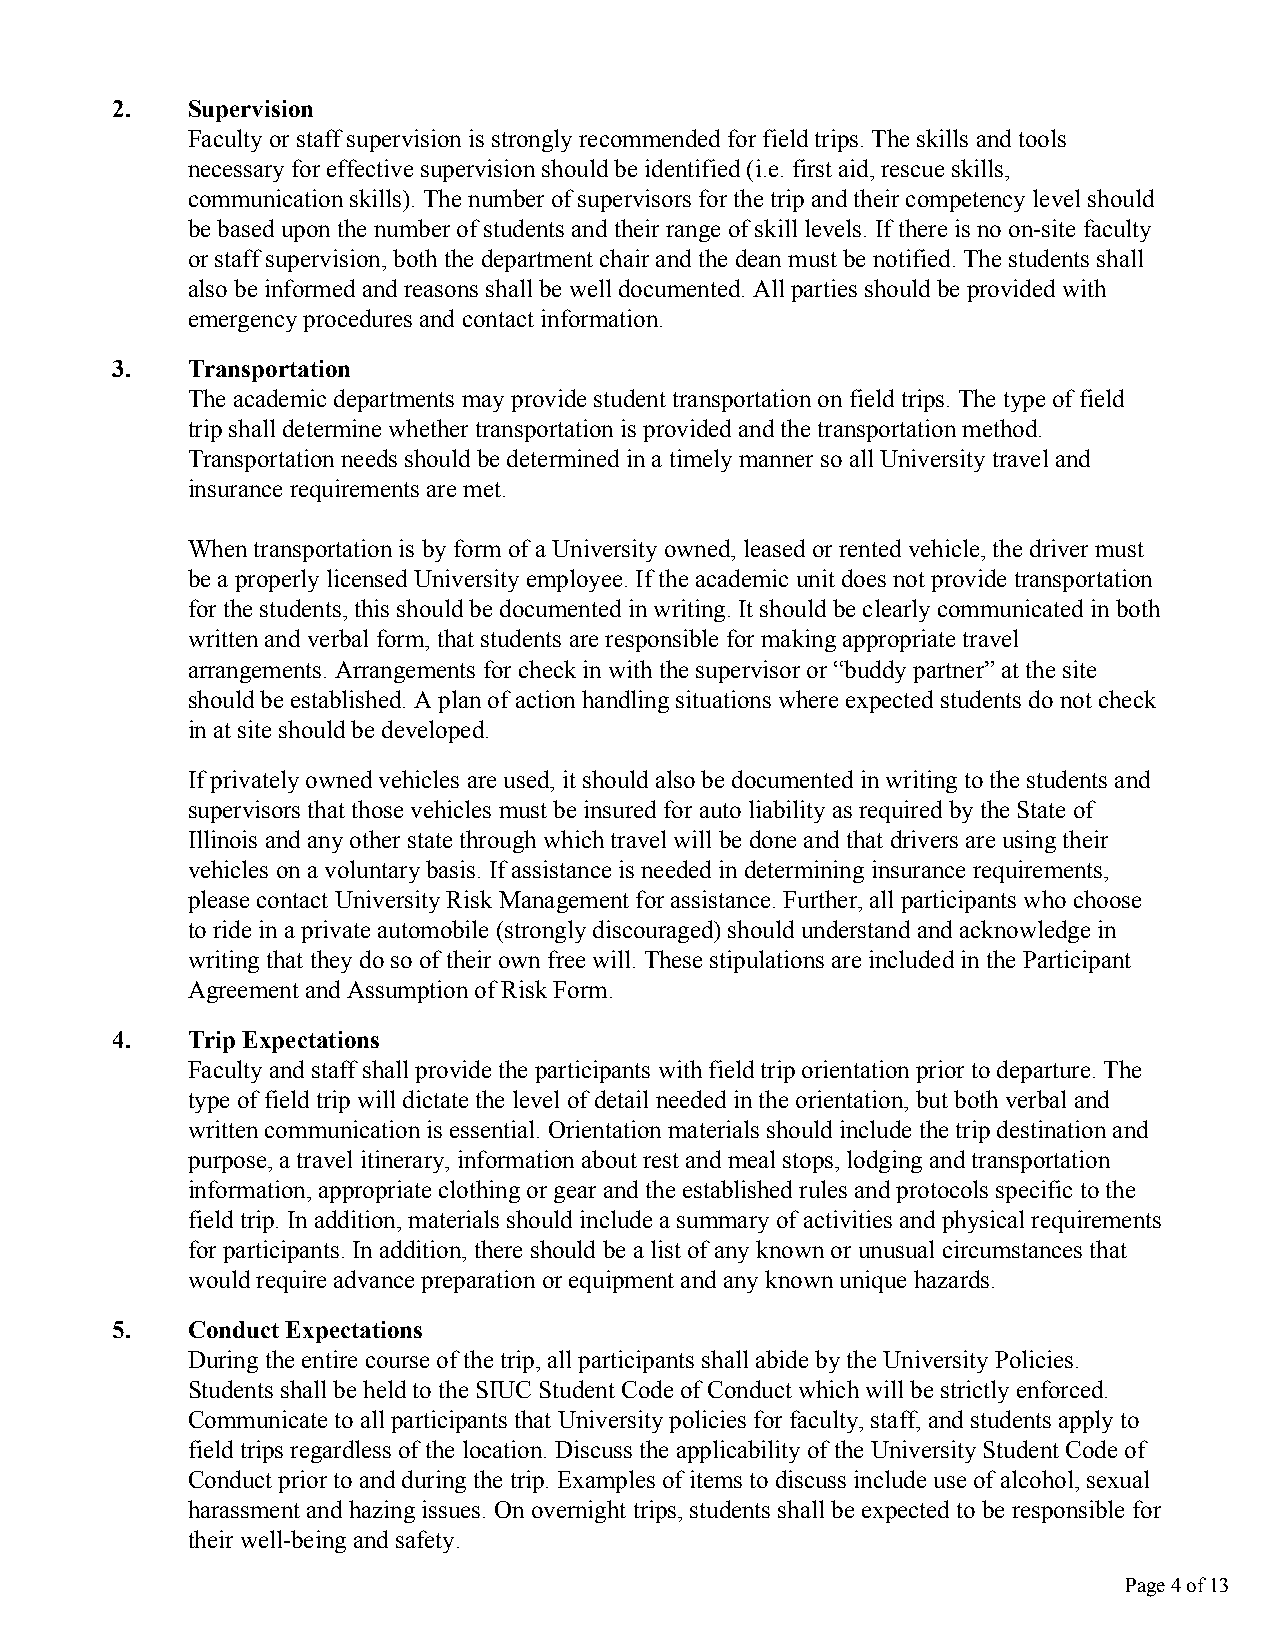
2.   Supervision
 Faculty or staff supervision is strongly recommended for field trips. The skills and tools
 necessary for effective supervision should be identified (i.e. first aid, rescue skills,
 communication skills). The number of supervisors for the trip and their competency level should
 be based upon the number of students and their range of skill levels. If there is no on-site faculty
 or staff supervision, both the department chair and the dean must be notified. The students shall
 also be informed and reasons shall be well documented. All parties should be provided with
 emergency procedures and contact information.
 3.   Transportation
 The academic departments may provide student transportation on field trips. The type of field
 trip shall determine whether transportation is provided and the transportation method.
 Transportation needs should be determined in a timely manner so all University travel and
 insurance requirements are met.
 When transportation is by form of a University owned, leased or rented vehicle, the driver must
 be a properly licensed University employee. If the academic unit does not provide transportation
 for the students, this should be documented in writing. It should be clearly communicated in both
 written and verbal form, that students are responsible for making appropriate travel
 arrangements. Arrangements for check in with the supervisor or “buddy partner” at the site
 should be established. A plan of action handling situations where expected students do not check
 in at site should be developed.
 If privately owned vehicles are used, it should also be documented in writing to the students and
 supervisors that those vehicles must be insured for auto liability as required by the State of
 Illinois and any other state through which travel will be done and that drivers are using their
 vehicles on a voluntary basis. If assistance is needed in determining insurance requirements,
 please contact University Risk Management for assistance. Further, all participants who choose
 to ride in a private automobile (strongly discouraged) should understand and acknowledge in
 writing that they do so of their own free will. These stipulations are included in the Participant
 Agreement and Assumption of Risk Form.
 4.   Trip Expectations
 Faculty and staff shall provide the participants with field trip orientation prior to departure. The
 type of field trip will dictate the level of detail needed in the orientation, but both verbal and
 written communication is essential. Orientation materials should include the trip destination and
 purpose, a travel itinerary, information about rest and meal stops, lodging and transportation
 information, appropriate clothing or gear and the established rules and protocols specific to the
 field trip. In addition, materials should include a summary of activities and physical requirements
 for participants. In addition, there should be a list of any known or unusual circumstances that
 would require advance preparation or equipment and any known unique hazards.
 5.   Conduct Expectations
 During the entire course of the trip, all participants shall abide by the University Policies.
 Students shall be held to the SIUC Student Code of Conduct which will be strictly enforced.
 Communicate to all participants that University policies for faculty, staff, and students apply to
 field trips regardless of the location. Discuss the applicability of the University Student Code of
 Conduct prior to and during the trip. Examples of items to discuss include use of alcohol, sexual
 harassment and hazing issues. On overnight trips, students shall be expected to be responsible for
 their well-being and safety.
 Page 4 of 13
 TTeexxtt FFiieelldd